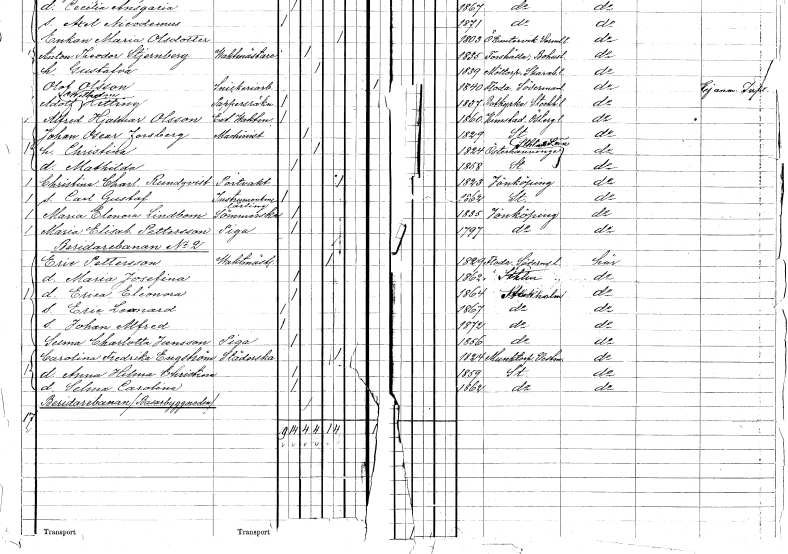
gt_parse: households: individuals: FN: Maria Elenora
EN: Lindbom
YRKE: Sömmerska
KON: K
CIV: O
FODAR: 1835
FODFORS: Jönköping Jönköpings län
FN: Maria Elisabet
EN: Pettersson
YRKE: Piga
KON: K
CIV: O
FODAR: 1797
FODFORS: Jönköping Jönköpings län
FN: Eric
EN: Pettersson
YRKE: Vaktmästare
KON: M
CIV: E
FODAR: 1829
FODFORS: Floda Södermanlands län
FN: Maria Josefina
KON: K
CIV: O
FODAR: 1862
FODFORS: Stockholm
FN: Erica Eleonora
KON: K
CIV: O
FODAR: 1864
FODFORS: Stockholm
FN: Eric Leonard
KON: M
CIV: O
FODAR: 1867
FODFORS: Stockholm
FN: Johan Alfred
KON: M
CIV: O
FODAR: 1872
FODFORS: Stockholm
FN: Selma Charlotta
EN: Jansson
YRKE: Piga
KON: K
CIV: O
FODAR: 1856
FODFORS: Stockholm
FN: Carolina Fredrika
EN: Engström
YRKE: Städerska
KON: K
CIV: E
FODAR: 1824
FODFORS: Munktorp Västmanlands län
FN: Anna Hilma Christina
KON: K
CIV: O
FODAR: 1859
FODFORS: Stockholm
FN: Selma Carolina
KON: K
CIV: O
FODAR: 1862
FODFORS: Stockholm